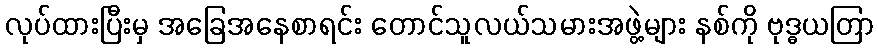
လုပ်ထားပြီးမှ အခြေအနေစာရင်း တောင်သူလယ်သမားအဖွဲ့များ နစ်ကို ဗုဒ္ဓယတြာ